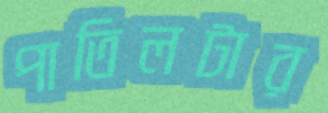
পাতিলটার